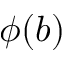
\phi ( b )